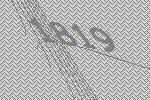
1819